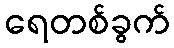
ရေတစ်ခွက်